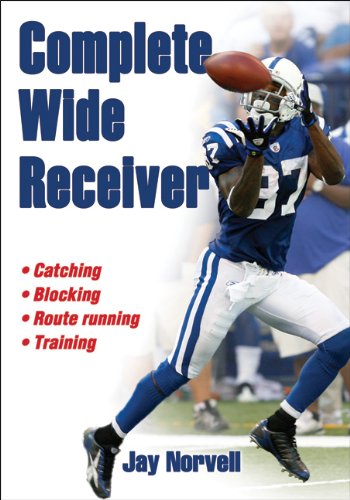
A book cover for Complete Wide Receiver; Jay Norvell; Sports & Outdoors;